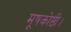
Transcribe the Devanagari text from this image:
मूषकोष्ठी।